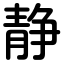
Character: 静